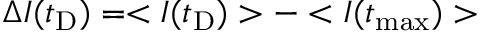
\Delta I ( t _ { \mathrm { D } } ) = < I ( t _ { \mathrm { D } } ) > - < I ( t _ { \mathrm { m a x } } ) >